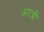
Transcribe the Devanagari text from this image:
अरत्री